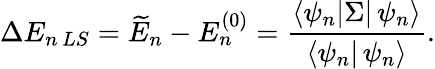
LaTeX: \Delta E_{n\, LS}=\widetilde{E}_{n}-E_{n}^{(0)}=\frac{\langle\psi_{n}|\Sigma|\, \psi_{n}\rangle}{\langle\psi_{n}|\, \psi_{n}\rangle}.